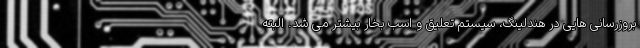
بروزرسانی هایی در هندلینگ، سیستم تعلیق و اسب بخار بیشتر می شد. البته